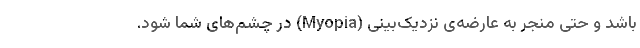
باشد و حتی منجر به عارضه‌ی نزدیک‌بینی (Myopia) در چشم‌های شما شود.